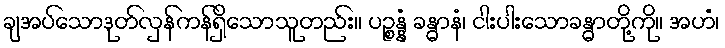
ချအပ်သောဒုတ်လှန်ကန်ရှိသောသူတည်း။ ပဉ္စန္နံ ခန္ဓာနံ၊ ငါးပါးသောခန္ဓာတို့ကို။ အဟံ၊